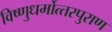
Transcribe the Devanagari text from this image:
विष्‍णुधर्मोत्‍तरपुराण